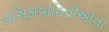
લસિકાવાહિનીઓના